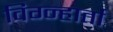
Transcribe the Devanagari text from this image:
विग्न्हार्ता